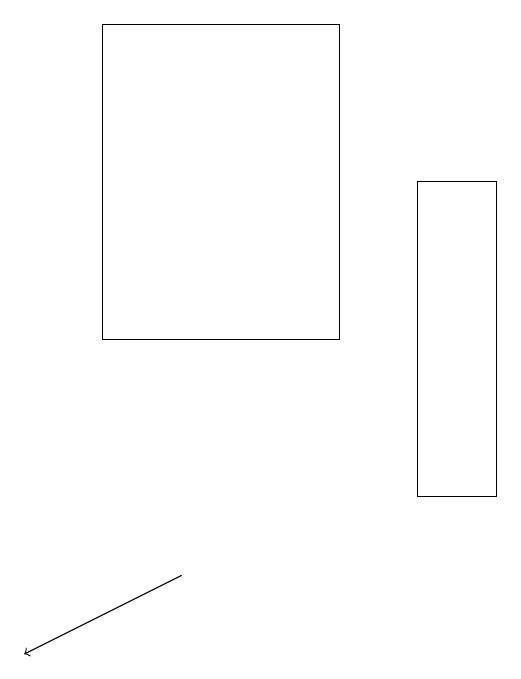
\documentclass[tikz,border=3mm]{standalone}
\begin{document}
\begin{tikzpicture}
\draw[->] (5,12) -- (3,11);
\draw (4,15) rectangle (7,19);
\draw (8,13) rectangle (9,17);
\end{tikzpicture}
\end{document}